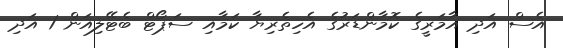
އެސް އަދި އާމަރީގެ ކޮމާންޑަރުގެ އެހިތެރިޔާ ކަމާއި ސަޕޯޓް ބެޓޭލިއަން 1 އަދި